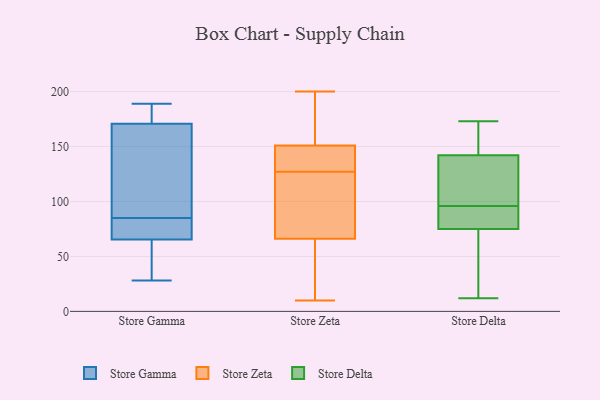
{"axis": {"x": "Latency (ms)", "y": "Value"}, "legend": ["Store Delta", "Store Gamma", "Store Zeta"], "data": [{"x": "", "y": 178, "type": "Store Gamma"}, {"x": "", "y": 85, "type": "Store Gamma"}, {"x": "", "y": 45, "type": "Store Gamma"}, {"x": "", "y": 189, "type": "Store Gamma"}, {"x": "", "y": 95, "type": "Store Gamma"}, {"x": "", "y": 77, "type": "Store Gamma"}, {"x": "", "y": 173, "type": "Store Gamma"}, {"x": "", "y": 28, "type": "Store Gamma"}, {"x": "", "y": 66, "type": "Store Gamma"}, {"x": "", "y": 170, "type": "Store Gamma"}, {"x": "", "y": 102, "type": "Store Gamma"}, {"x": "", "y": 82, "type": "Store Gamma"}, {"x": "", "y": 64, "type": "Store Gamma"}, {"x": "", "y": 191, "type": "Store Zeta"}, {"x": "", "y": 11, "type": "Store Zeta"}, {"x": "", "y": 125, "type": "Store Zeta"}, {"x": "", "y": 138, "type": "Store Zeta"}, {"x": "", "y": 66, "type": "Store Zeta"}, {"x": "", "y": 199, "type": "Store Zeta"}, {"x": "", "y": 85, "type": "Store Zeta"}, {"x": "", "y": 192, "type": "Store Zeta"}, {"x": "", "y": 89, "type": "Store Zeta"}, {"x": "", "y": 15, "type": "Store Zeta"}, {"x": "", "y": 10, "type": "Store Zeta"}, {"x": "", "y": 129, "type": "Store Zeta"}, {"x": "", "y": 132, "type": "Store Zeta"}, {"x": "", "y": 151, "type": "Store Zeta"}, {"x": "", "y": 117, "type": "Store Zeta"}, {"x": "", "y": 200, "type": "Store Zeta"}, {"x": "", "y": 133, "type": "Store Zeta"}, {"x": "", "y": 48, "type": "Store Zeta"}, {"x": "", "y": 120, "type": "Store Delta"}, {"x": "", "y": 101, "type": "Store Delta"}, {"x": "", "y": 17, "type": "Store Delta"}, {"x": "", "y": 74, "type": "Store Delta"}, {"x": "", "y": 173, "type": "Store Delta"}, {"x": "", "y": 142, "type": "Store Delta"}, {"x": "", "y": 163, "type": "Store Delta"}, {"x": "", "y": 81, "type": "Store Delta"}, {"x": "", "y": 142, "type": "Store Delta"}, {"x": "", "y": 62, "type": "Store Delta"}, {"x": "", "y": 152, "type": "Store Delta"}, {"x": "", "y": 76, "type": "Store Delta"}, {"x": "", "y": 164, "type": "Store Delta"}, {"x": "", "y": 53, "type": "Store Delta"}, {"x": "", "y": 79, "type": "Store Delta"}, {"x": "", "y": 83, "type": "Store Delta"}, {"x": "", "y": 116, "type": "Store Delta"}, {"x": "", "y": 108, "type": "Store Delta"}, {"x": "", "y": 91, "type": "Store Delta"}, {"x": "", "y": 12, "type": "Store Delta"}]}